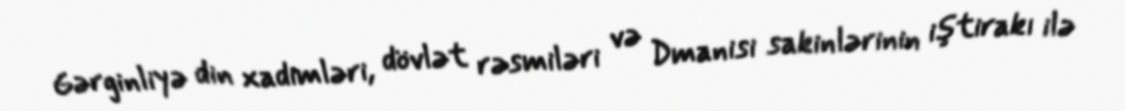
Gərginliyə din xadimləri, dövlət rəsmiləri və Dmanisi sakinlərinin iştirakı ilə